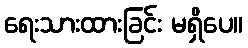
ရေးသားထားခြင်း မရှိပေ။